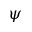
\psi